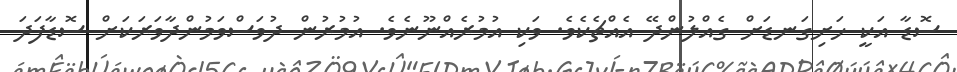
ސޮޑާ އަކީ ހަށިގަނޑަށް ގެއްލުންދޭ އެއްޗެކެވެ. ވަކި އުމުރެއްނޫނެވެ. އުމުރުން ދުވަސްވަމުންދާވަރަކަށް ސޮޑާފަދަ